Riigikantselei, lk 541
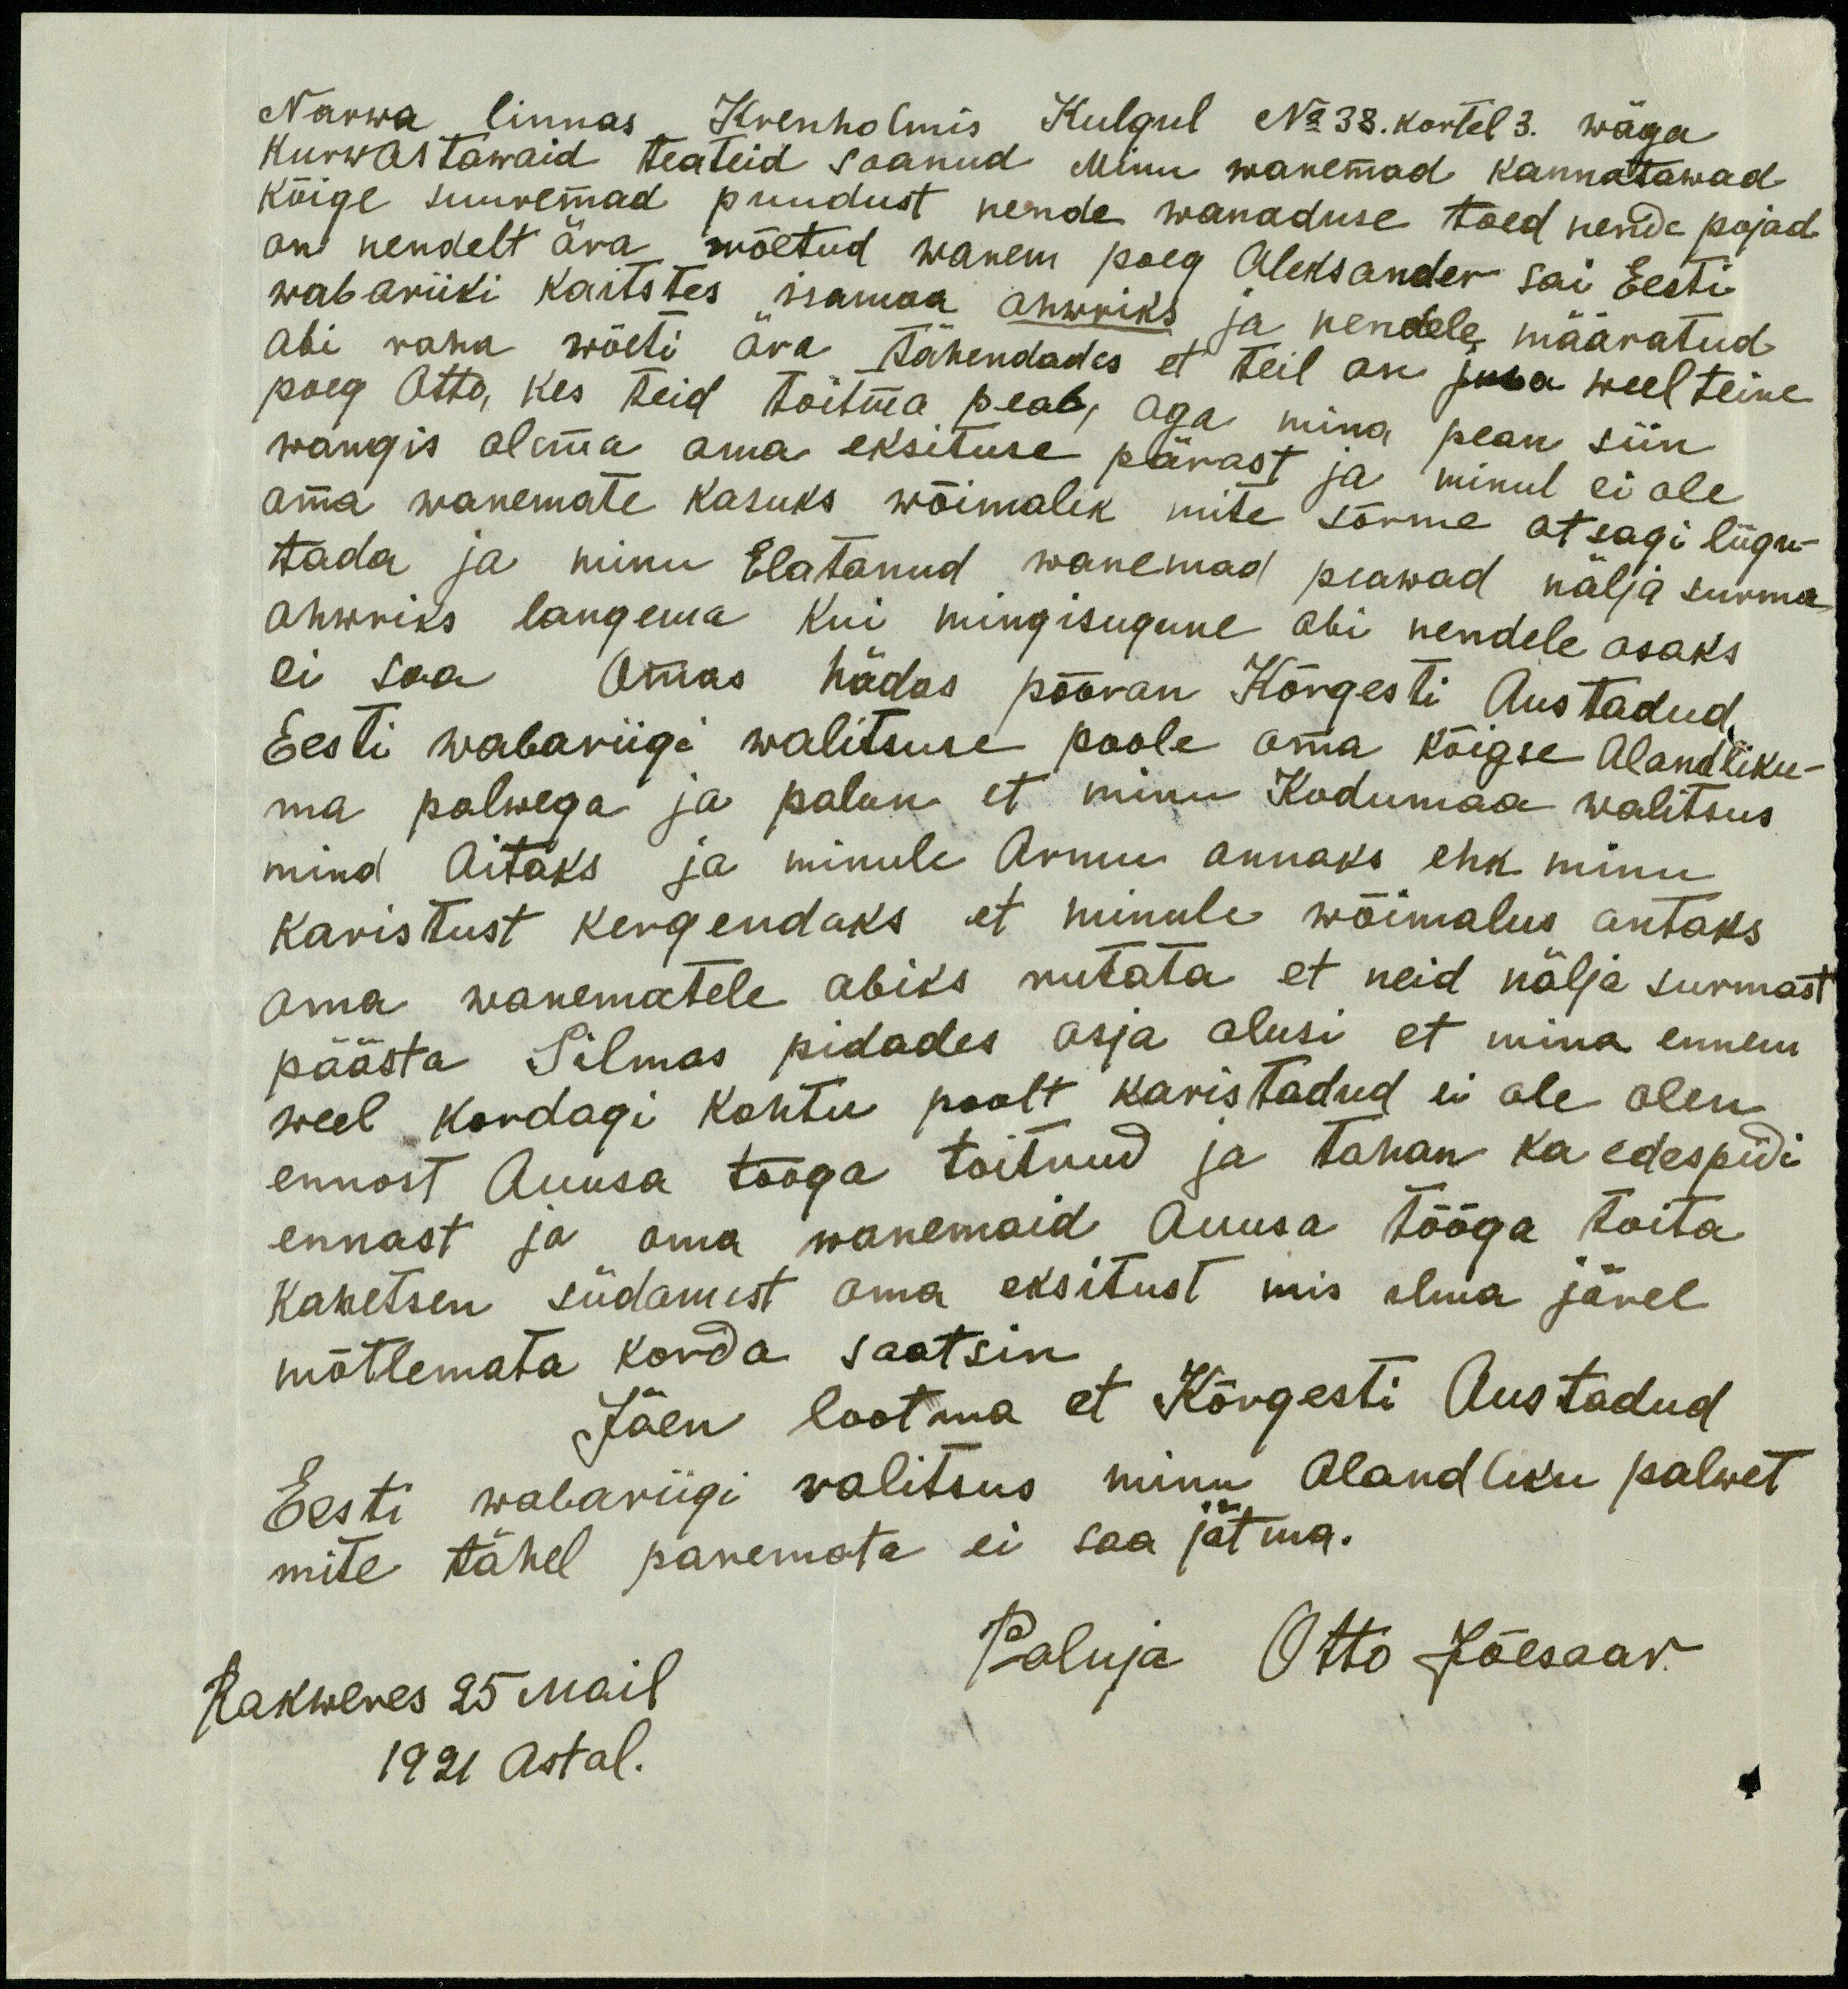
Narwa linnas Krenholmis Kulgul No 38. kortel 3. wäga
kurwastawaid teateid saanud Minu wanemad kannatawad
kõige suuremad puudust nende wanaduse toed nende pojad
on nendelt ära wõetud wanem poeg Aleksander sai Eesti
wabariiki kaiststes isamaa ohwriks ja nendele määratud
abi raha wõeti ära tähendades et teil on juba weel teine
poeg Otto, kes teid toitma peab, aga mina pean siin
wangis olema oma eksituse pärast ja minul ei ole
oma wanemate kasuks wõimalik mite sõrme otsagi liigu-
tada ja minu Elatanud wanemad peawad nälja surma
ohwriks langema kui mingisugune abi nendele osaks
ei saa. Omas hädas pööran Kõrgesti Austadud
Eesti wabariigi walitsuse poole oma kõigse Alandliku-
ma palwega ja palun et minu Kodumaa walitsus
mind aitaks ja minule armu annaks ehk minu
karistust kergendaks et minule wõimalus antaks
oma wanematele abiks rutata et neid nälja surmast
päästa Silmas pidades asja olusi et mina ennem
weel kordagi kohtu poolt karistadud ei ole olen
ennast Auusa tööga toitnud ja tahan ka edespidi
ennast ja oma wanemaid Auusa tööga toita
kahetsen südamest oma eksitust mis ilma järel
mõtlemata korda saatsin.
Jäen lootma et Kõrgesti Austadud
Eesti wabaviigi valitsus minu Alandliku palwet
mite tähel panemata ei saa jätma.
Rakweres 25 mail
Paluja Otto Jõesaar
1921 Astal.